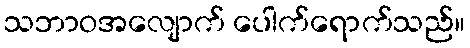
သဘာဝအလျောက် ပေါက်ရောက်သည်။